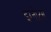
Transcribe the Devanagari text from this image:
इग्नोटस